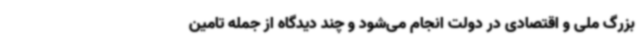
بزرگ ملی و اقتصادی در دولت انجام می‌شود و چند دیدگاه از جمله تامین